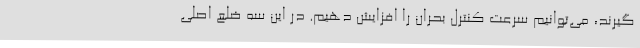
گیرند، می‌توانیم سرعت کنترل بحران را افزایش دهیم. در این سه ضلع اصلی